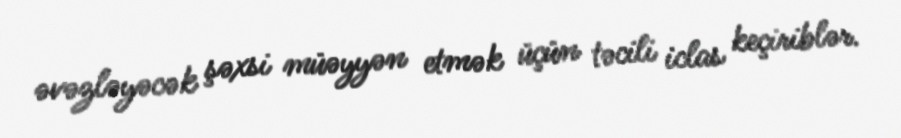
əvəzləyəcək şəxsi müəyyən etmək üçün təcili iclas keçiriblər.